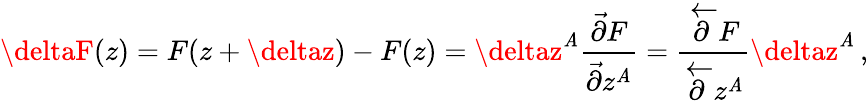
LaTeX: \deltaF(z)=F(z+\deltaz)-F(z)=\deltaz^{\mathit{A}}\frac{{\vec{{\partial}}F}}{{\vec{{\partial}}z^{\mathit{A}}}}=\frac{{\overleftarrow{{\partial}}F}}{{\overleftarrow{{\partial}}z^{\mathit{A}}}}\deltaz^{\mathit{A}}\, ,